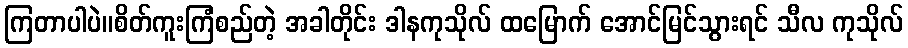
ကြတာပါပဲ။စိတ်ကူးကြံစည်တဲ့ အခါတိုင်း ဒါနကုသိုလ် ထမြောက် အောင်မြင်သွားရင် သီလ ကုသိုလ်